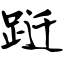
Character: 跹